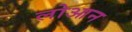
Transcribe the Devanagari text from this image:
लोआन